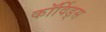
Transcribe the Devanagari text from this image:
कॉर्विड्स